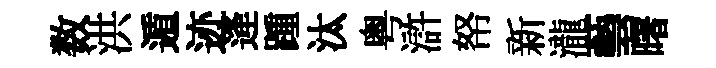
数洪遁迹逄踵汰粤滸帑新瀧藝曙